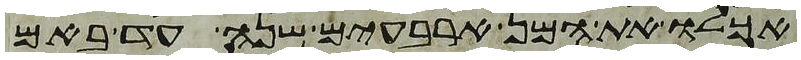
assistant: אכלו את המן ארבעים שנה עד באם